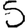
Digit: 5